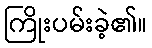
ကြိုးပမ်းခဲ့၏။